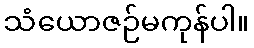
သံယောဇဉ်မကုန်ပါ။